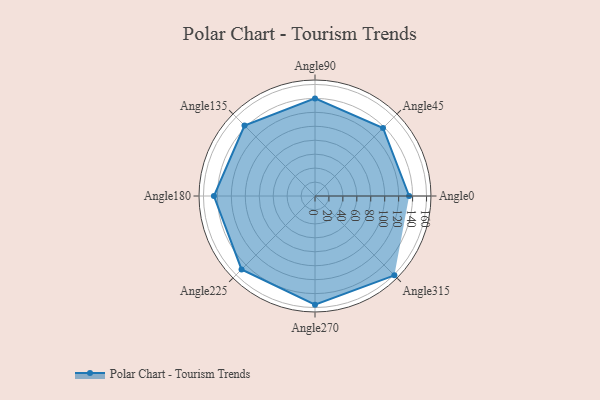
{"axis": {"x": "Angle", "y": "Radius"}, "legend": [""], "data": [{"x": "Angle0", "y": 135.0, "type": ""}, {"x": "Angle45", "y": 138.0, "type": ""}, {"x": "Angle90", "y": 140.0, "type": ""}, {"x": "Angle135", "y": 143.0, "type": ""}, {"x": "Angle180", "y": 145.0, "type": ""}, {"x": "Angle225", "y": 149.0, "type": ""}, {"x": "Angle270", "y": 156.0, "type": ""}, {"x": "Angle315", "y": 161.0, "type": ""}]}